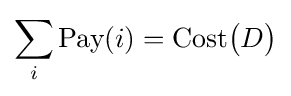
\sum _{i}{\text{Pay}}(i)={\text{Cost}}{\big (}D{\big )}